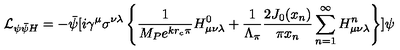
{ \cal L } _ { \psi \bar { \psi } H } = - \bar { \psi } [ i \gamma ^ { \mu } \sigma ^ { \nu \lambda } \left\{ \frac { 1 } { M _ { P } e ^ { k r _ { c } \pi } } H _ { \mu \nu \lambda } ^ { 0 } + \frac { 1 } { \Lambda _ { \pi } } \frac { 2 J _ { 0 } ( x _ { n } ) } { \pi x _ { n } } \sum _ { n = 1 } ^ { \infty } H _ { \mu \nu \lambda } ^ { n } \right\} ] \psi